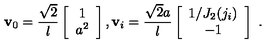
{ \bf v } _ { 0 } = \frac { \sqrt 2 } l \left[ \begin{array} { c } { 1 } \\ { a ^ { 2 } } \\ \end{array} \right] , { \bf v } _ { i } = \frac { { \sqrt 2 } a } l \left[ \begin{array} { c } { 1 / J _ { 2 } ( j _ { i } ) } \\ { - 1 } \\ \end{array} \right] \ .